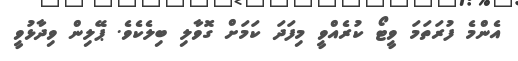
އެންމެ ފުރަތަމަ ވީޓޯ ކުރެއްވީ މިފަދަ ކަމަށް ގޮވާލި ބިލެކެވެ. ޕޭލިން ވިދާޅުވީ